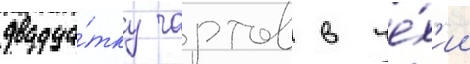
двадца́тку чартов в че́х'ии